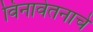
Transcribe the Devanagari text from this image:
विनावेतनाचे